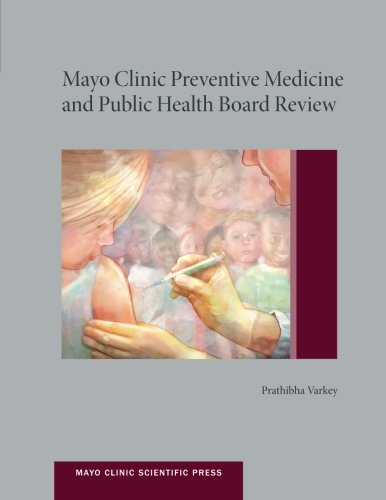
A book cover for Mayo Clinic Preventive Medicine and Public Health Board Review (Mayo Clinic Scientific Press); Prathibha Varkey; Medical Books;